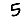
Digit: 5